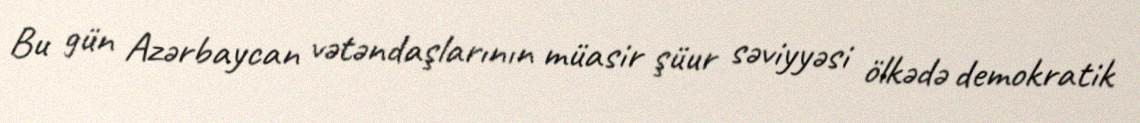
Bu gün Azərbaycan vətəndaşlarının müasir şüur səviyyəsi ölkədə demokratik